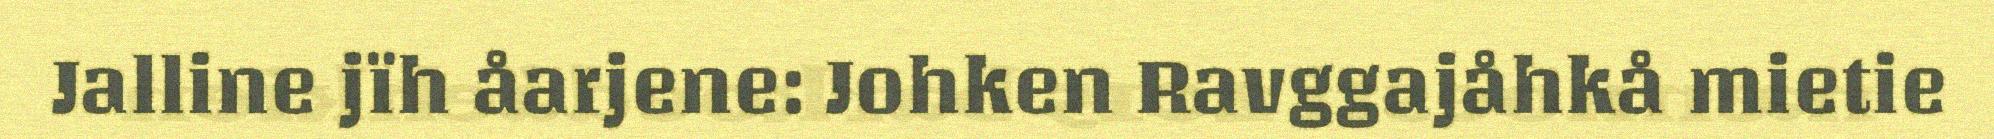
Jalline jïh åarjene: Johken Ravggajåhkå mietie